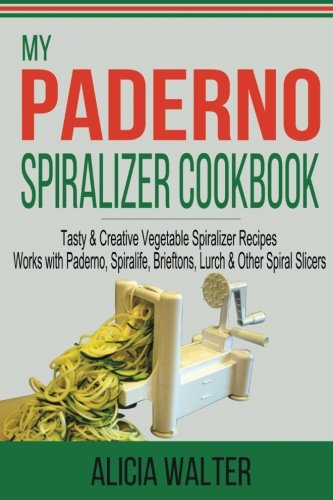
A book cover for My Paderno Spiralizer Cookbook: Tasty & Creative Vegetable Spiralizer Recipes - Works with Paderno, Spiralife, Brieftons, Lurch & Other Spiral Slicers (Volume 1); Alicia Walter; Cookbooks, Food & Wine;